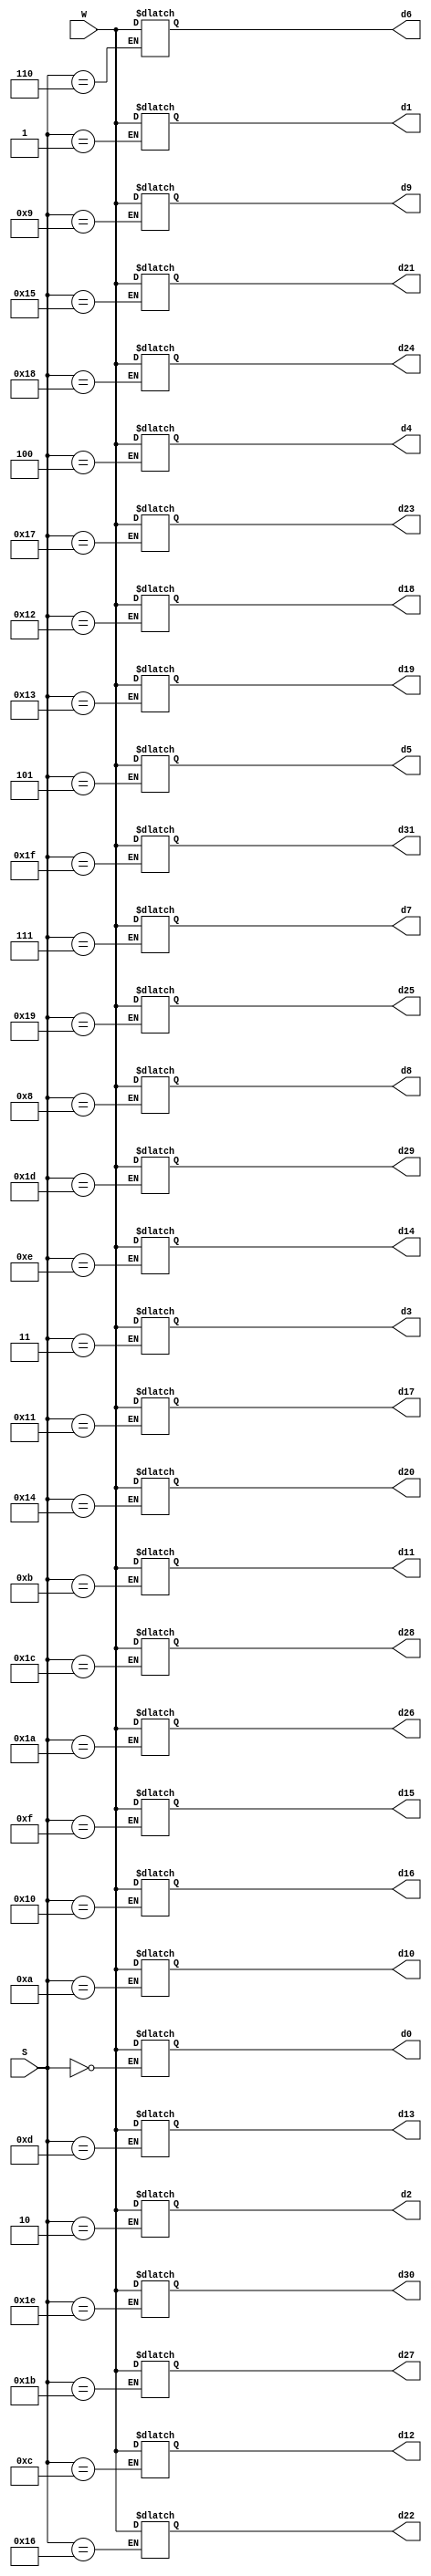

module demux1to32(d0,d1,d2,d3,d4,d5,d6,d7,d8,d9,d10,
			d11,d12,d13,d14,d15,d16,d17,d18,d19,d20,
			d21,d22,d23,d24,d25,d26,d27,d28,d29,d30,d31,S,W);
	input wire [7:0] W;
	input wire[5:0] S;
	output reg [7:0] d0,d1,d2,d3,d4,d5,d6,d7,d8,d9,d10,d11,d12,d13,d14,d15,d16,d17,d18,d19,d20,d21,d22,d23,d24,d25,d26,d27,d28,d29,d30,d31;
	
	always@(*) begin
		case(S)
			5'b00000: d0=W;
			5'b00001: d1=W;
			5'b00010: d2=W;
			5'b00011: d3=W;
			5'b00100: d4=W;
			5'b00101: d5=W;
			5'b00110: d6=W;
			5'b00111: d7=W;
			5'b01000: d8=W;
			5'b01001: d9=W;
			5'b01010: d10=W;
			5'b01011: d11=W;
			5'b01100: d12=W;
			5'b01101: d13=W;
			5'b01110: d14=W;
			5'b01111: d15=W;
			//
			5'b10000: d16=W;
			5'b10001: d17=W;
			5'b10010: d18=W;
			5'b10011: d19=W;
			5'b10100: d20=W;
			5'b10101: d21=W;
			5'b10110: d22=W;
			5'b10111: d23=W;
			5'b11000: d24=W;
			5'b11001: d25=W;
			5'b11010: d26=W;
			5'b11011: d27=W;
			5'b11100: d28=W;
			5'b11101: d29=W;
			5'b11110: d30=W;
			5'b11111: d31=W;
		endcase
	end
endmodule